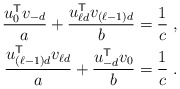
\begin{align*}\frac{u_0^{\sf T} v_{-d}}{a} +\frac{u_{\ell d}^{\sf T} v_{(\ell-1)d}}{b} &= \frac{1}{c} \;, \\\frac{u_{(\ell-1)d}^{\sf T} v_{\ell d}}{a} +\frac{u_{-d}^{\sf T} v_0}{b} &= \frac{1}{c} \;. \end{align*}